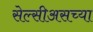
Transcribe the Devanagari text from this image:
सेल्सीअसच्या